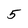
Character: 5